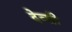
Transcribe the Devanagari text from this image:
देव्ग्री